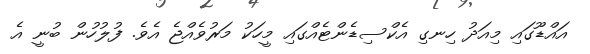
އައްޑޫގައި މިއަދު ހިނގި އެކްސިޑެންޓެއްގައި މީހަކު މަރުވެއްޖެ އެވެ. ފުލުހުން ބުނީ އެ